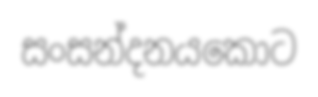
සංසන්දනයකොට